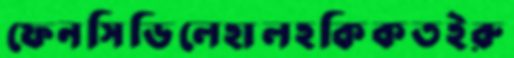
ফেনসিডিলেহালহকিকতইরু